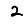
Digit: 2